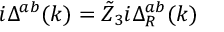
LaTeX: i \Delta ^ { a b } ( k ) = \tilde { Z } _ { 3 } i \Delta _ { R } ^ { a b } ( k )